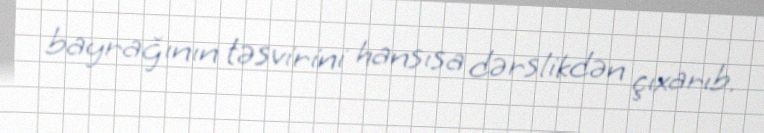
bayrağının təsvirini hansısa dərslikdən çıxarıb.